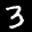
Label: 3